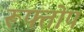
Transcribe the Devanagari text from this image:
रूफ्तोप